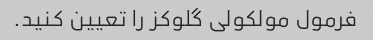
فرمول مولکولی گلوکز را تعیین کنید.